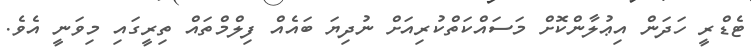
ޓެޑްރީ ހަދަން އިޢުލާންކޮށް މަސައްކަތްކުރިއަށް ނުދިޔަ ބައެއް ފިލްމްތައް ތިރީގައި މިވަނީ އެވެ.